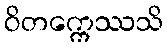
ဝိတက္ကေဿသိ